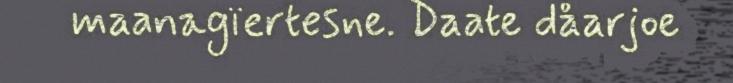
maanagïertesne. Daate dåarjoe